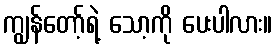
ကျွန်တော့်ရဲ့ သော့ကို ပေးပါလား။